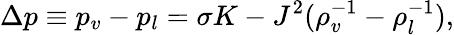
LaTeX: \Delta p\equiv p_{v}-p_{l}=\sigma K-{J^{2}}(\rho_{v}^{-1}-\rho_{l}^{-1}),